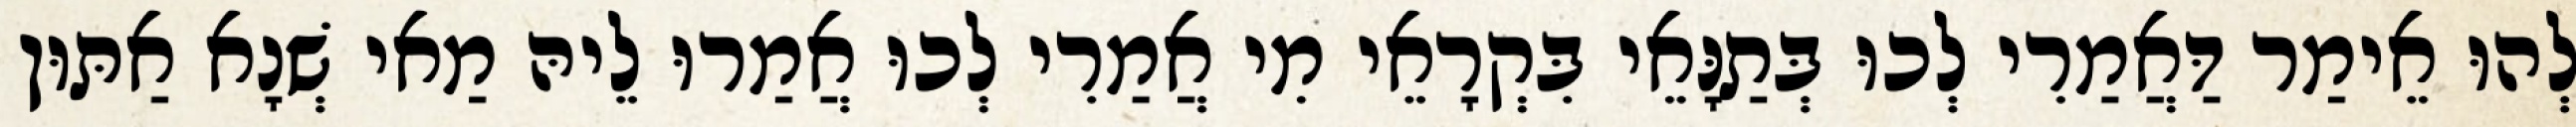
לְהוּ אֵימַר דַּאֲמַרִי לְכוּ בְּתַנָּאֵי בִּקְרָאֵי מִי אֲמַרִי לְכוּ אֲמַרוּ לֵיהּ מַאי שְׁנָא אַתּוּן